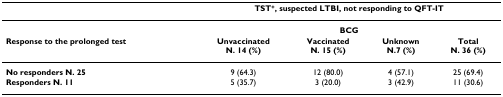
|  | <COLSPAN=4> TST+, suspected LTBI, not responding to QFT-IT |
 | --- | --- | --- | --- | --- |
 |  | <COLSPAN=4> BCG |
 | Response to the prolonged test | UnvaccinatedN. 14 (%) | VaccinatedN. 15 (%) | UnknownN.7 (%) | TotalN. 36 (%) |
 | No responders N. 25 | 9 (64.3) | 12 (80.0) | 4 (57.1) | 25 (69.4) |
 | Responders N. 11 | 5 (35.7) | 3 (20.0) | 3 (42.9) | 11 (30.6) |